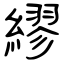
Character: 繆